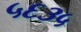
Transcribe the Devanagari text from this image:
५६३५